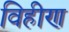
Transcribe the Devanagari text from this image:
विहीण